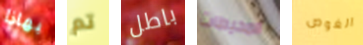
بهاذا تم باطل المحيطات الغوص